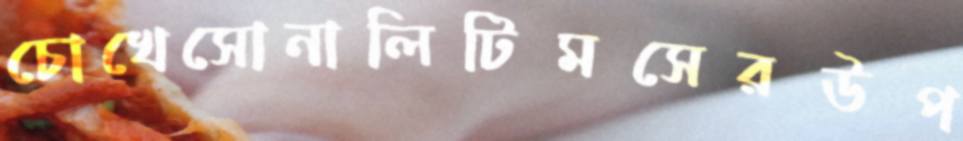
চোখেসোনালিটিমসেরউপ